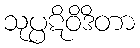
သုပ္ပဋိဝိဒိတာ